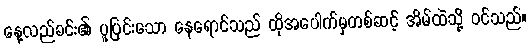
နေ့လည်ခင်း၏ ပူပြင်းသော နေရောင်သည် ထိုအပေါက်မှတစ်ဆင့် အိမ်ထဲသို့ ဝင်သည်။